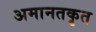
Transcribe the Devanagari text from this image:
अमानतकृत